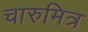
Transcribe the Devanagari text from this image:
चारुमित्र